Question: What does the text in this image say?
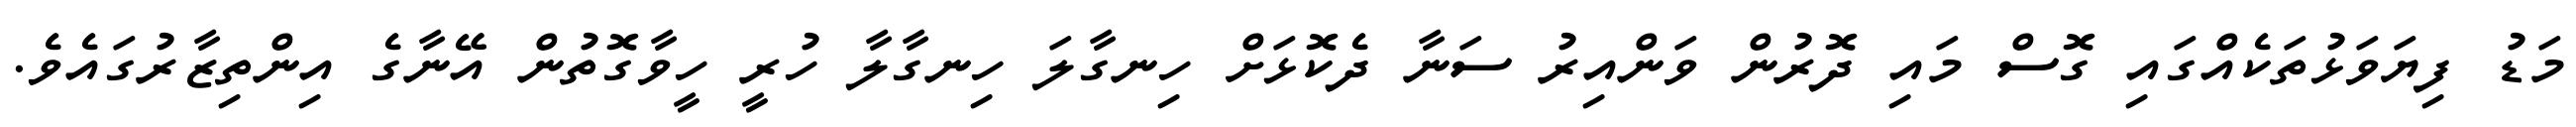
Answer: މަޑު ފިޔަވަޅުތަކެއްގައި ގޮސް މައި ދޮރުން ވަންއިރު ސަނާ ދެކޮޅަށް ހިނގާލަ ހިނގާލާ ހުރީ ހީވާގޮތުން އޭނާގެ އިންތިޒާރުގައެވެ.